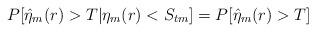
LaTeX: \begin{align*}P[\hat{\eta}_m(r)>T|\eta_m(r)<S_{tm}]=P[\hat{\eta}_m(r)>T]\end{align*}